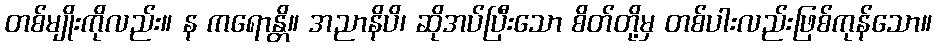
တစ်မျိုးကိုလည်း။ န ကရောန္တိ။ အညာနိပိ၊ ဆိုအပ်ပြီးသော စိတ်တို့မှ တစ်ပါးလည်းဖြစ်ကုန်သော။